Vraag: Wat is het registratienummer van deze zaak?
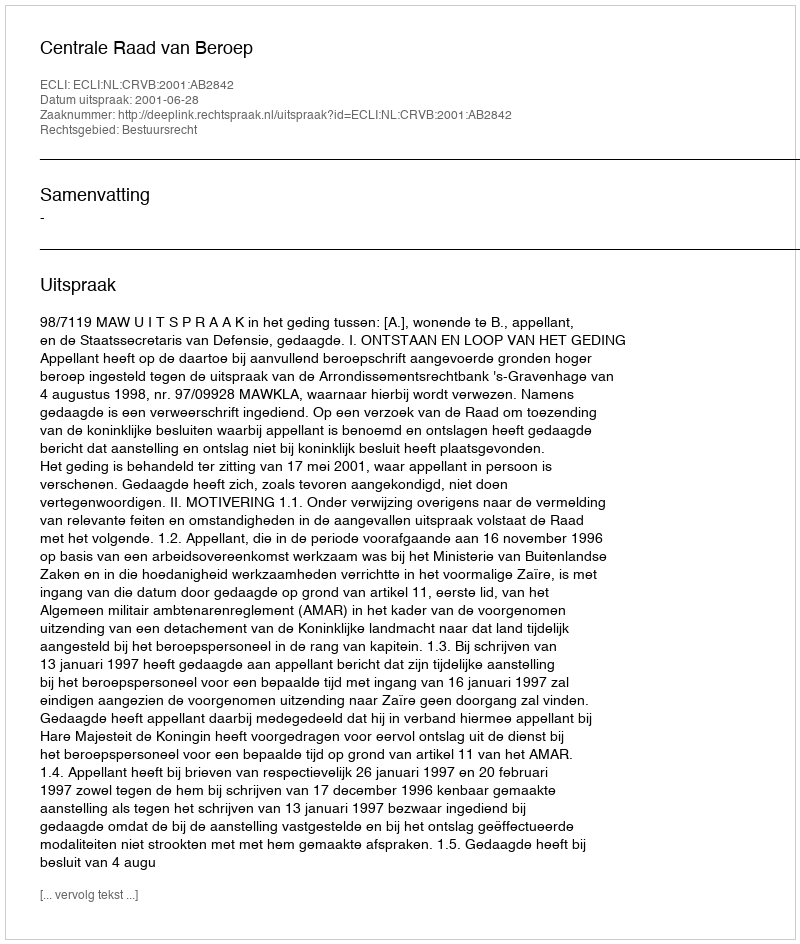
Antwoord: http://deeplink.rechtspraak.nl/uitspraak?id=ECLI:NL:CRVB:2001:AB2842